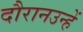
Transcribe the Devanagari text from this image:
दौरानउन्हें